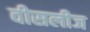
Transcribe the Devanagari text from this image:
वीसलीज